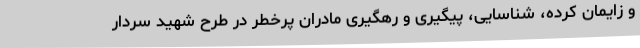
و زایمان کرده، شناسایی، پیگیری و رهگیری مادران پرخطر در طرح شهید سردار